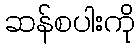
ဆန်စပါးကို